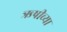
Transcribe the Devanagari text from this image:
ऋषीच्या